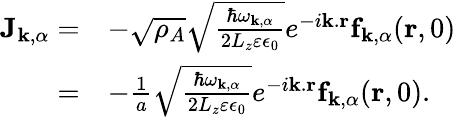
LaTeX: \begin{array}{rl}{\mathbf{J}_{\mathbf{k},\alpha}=}&{-\sqrt{\rho_{A}}\sqrt{\frac{\hbar\omega_{\mathbf{k},\alpha}}{2L_{z}\varepsilon\epsilon_{0}}}e^{-i\mathbf{k}.\mathbf{r}}\mathbf{f}_{\mathbf{k},\alpha}(\mathbf{r},0)}\\ {=}&{-\frac{1}{a}\sqrt{\frac{\hbar\omega_{\mathbf{k},\alpha}}{2L_{z}\varepsilon\epsilon_{0}}}e^{-i\mathbf{k}.\mathbf{r}}\mathbf{f}_{\mathbf{k},\alpha}(\mathbf{r},0).}\end{array}